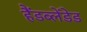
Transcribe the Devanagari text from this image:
हैंडब्लेंडेड